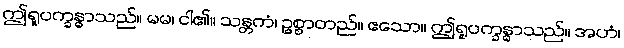
ဤရူပက္ခန္ဓာသည်။ မမ၊ ငါ၏။ သန္တကံ၊ ဥစ္စာတည်။ ဧသော။ ဤရူပက္ခန္ဓာသည်။ အဟံ၊